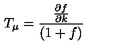
T _ { \mu } = \frac { \frac { \partial f } { \partial k } } { ( 1 + f ) }